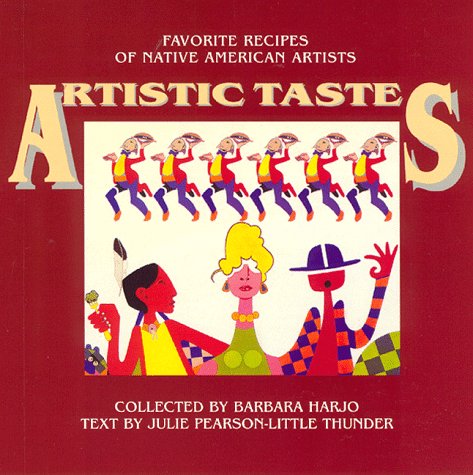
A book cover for Artistic Tastes: Favorite Recipes of Native American Artists; Barbara Harjo; Cookbooks, Food & Wine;